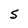
Character: S